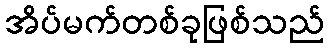
အိပ်မက်တစ်ခုဖြစ်သည်